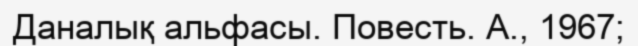
Даналық альфасы. Повесть. А., 1967;